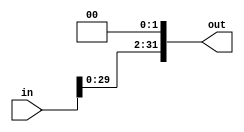
module ShiftLeft2(in, out);
  input [31:0] in;
  output [31:0] out;

  assign out = in << 2 ;
endmodule

module ShiftLeft2_testbench();
  reg [31:0] a;
  wire [31:0] b;

  ShiftLeft2 try (a, b);

  initial begin
    a <= 4;
    #5 a = 6;
    #5 a = 8;
    #5 a = 81;
    #5 a = -82;
  end
endmodule